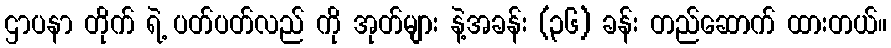
ဌာပနာ တိုက် ရဲ့ ပတ်ပတ်လည် ကို အုတ်များ နဲ့အခန်း (၃၆) ခန်း တည်ဆောက် ထားတယ်။